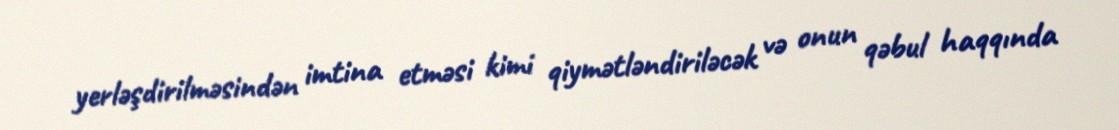
yerləşdirilməsindən imtina etməsi kimi qiymətləndiriləcək və onun qəbul haqqında